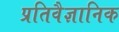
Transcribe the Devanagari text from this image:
प्रतिवैज्ञानिक